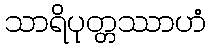
သာရိပုတ္တဿာဟံ